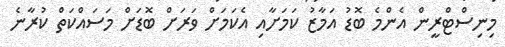
މިނިސްޓްރީން އެންމެ ބޮޑު އަމާޒު ކަމަށާއި އެކަމަށް ވަރަށް ބޮޑަށް މަސައްކަތް ކުރާނެ